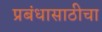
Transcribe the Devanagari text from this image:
प्रबंधासाठीचा